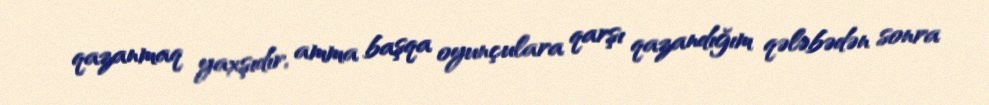
qazanmaq yaxşıdır, amma başqa oyunçulara qarşı qazandığım qələbədən sonra